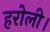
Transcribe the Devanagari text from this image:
हरोली।